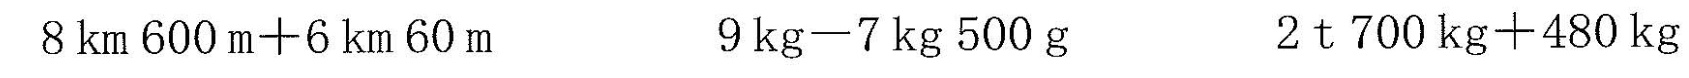
$$8 k m 6 0 0 m + 6 k m 6 0 m$$ $$9 k g - 7 k g 5 0 0 g$$ $$2 t 7 0 0 k g + 4 8 0 k g$$